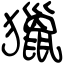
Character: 獵